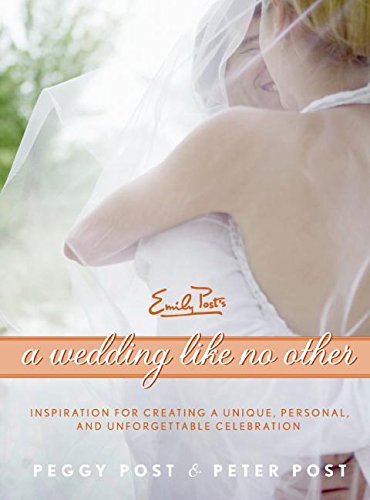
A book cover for A Wedding Like No Other: Inspiration for Creating a Unique, Personal, and Unforgettable Celebration; Peggy Post; Crafts, Hobbies & Home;